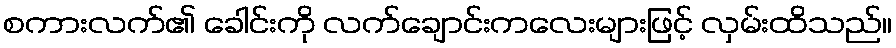
စကားလက်၏ ခေါင်းကို လက်ချောင်းကလေးများဖြင့် လှမ်းထိသည်။